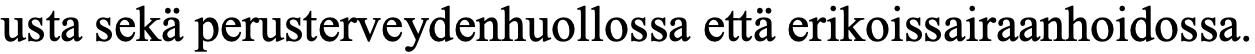
usta sekä perusterveydenhuollossa että erikoissairaanhoidossa.